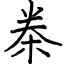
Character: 桊